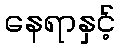
နေရာနှင့်